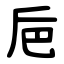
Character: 巵